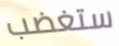
ستغضب